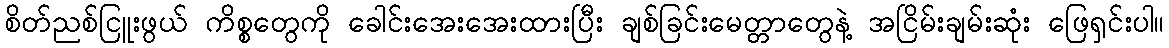
စိတ်ညစ်ငြူးဖွယ် ကိစ္စတွေကို ခေါင်းအေးအေးထားပြီး ချစ်ခြင်းမေတ္တာတွေနဲ့ အငြိမ်းချမ်းဆုံး ဖြေရှင်းပါ။